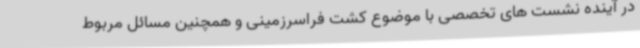
در آینده نشست های تخصصی با موضوع کشت فراسرزمینی و همچنین مسائل مربوط